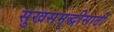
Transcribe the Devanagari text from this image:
सुखसमॄद्धीसाठी